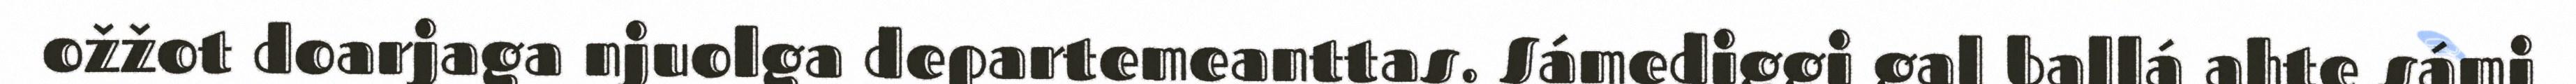
ožžot doarjaga njuolga departemeanttas. Sámediggi gal ballá ahte sámi